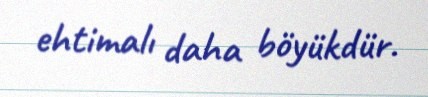
ehtimalı daha böyükdür.